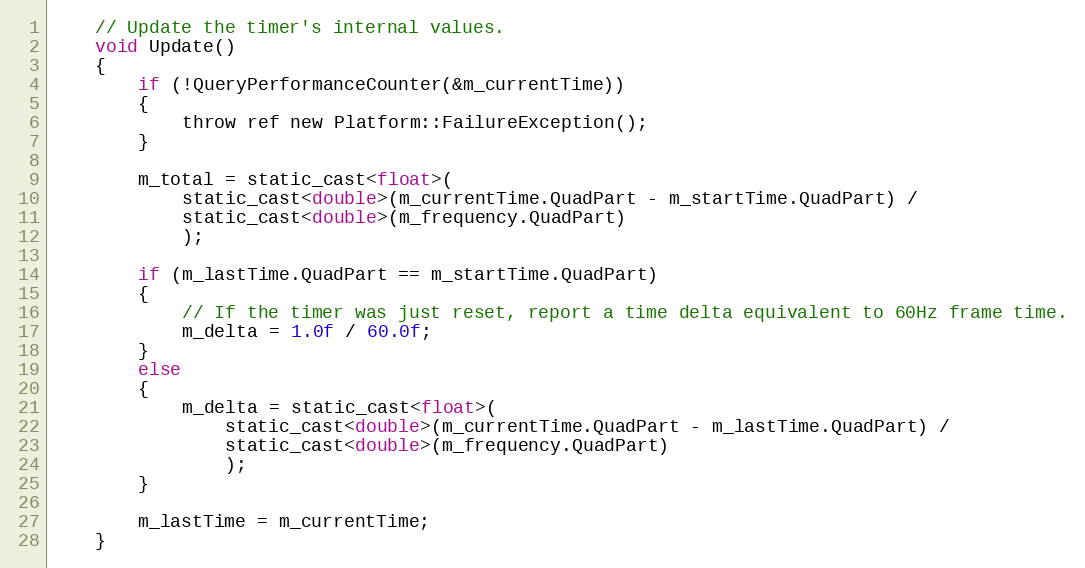
Language: C
    // Update the timer's internal values.
    void Update()
    {
        if (!QueryPerformanceCounter(&m_currentTime))
        {
            throw ref new Platform::FailureException();
        }

        m_total = static_cast<float>(
            static_cast<double>(m_currentTime.QuadPart - m_startTime.QuadPart) /
            static_cast<double>(m_frequency.QuadPart)
            );

        if (m_lastTime.QuadPart == m_startTime.QuadPart)
        {
            // If the timer was just reset, report a time delta equivalent to 60Hz frame time.
            m_delta = 1.0f / 60.0f;
        }
        else
        {
            m_delta = static_cast<float>(
                static_cast<double>(m_currentTime.QuadPart - m_lastTime.QuadPart) /
                static_cast<double>(m_frequency.QuadPart)
                );
        }

        m_lastTime = m_currentTime;
    }